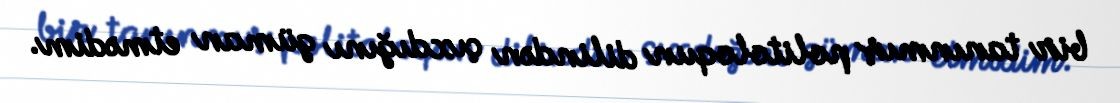
bir tanınmış politoloqun dilindən çıxdığını güman etmədim.